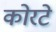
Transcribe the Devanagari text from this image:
कोरटे